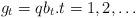
LaTeX: \begin{align*}g_t=q b_t.t=1,2,\ldots\end{align*}